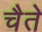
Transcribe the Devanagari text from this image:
चैते